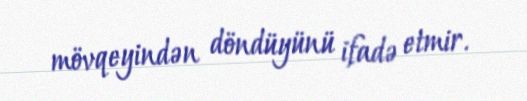
mövqeyindən döndüyünü ifadə etmir.